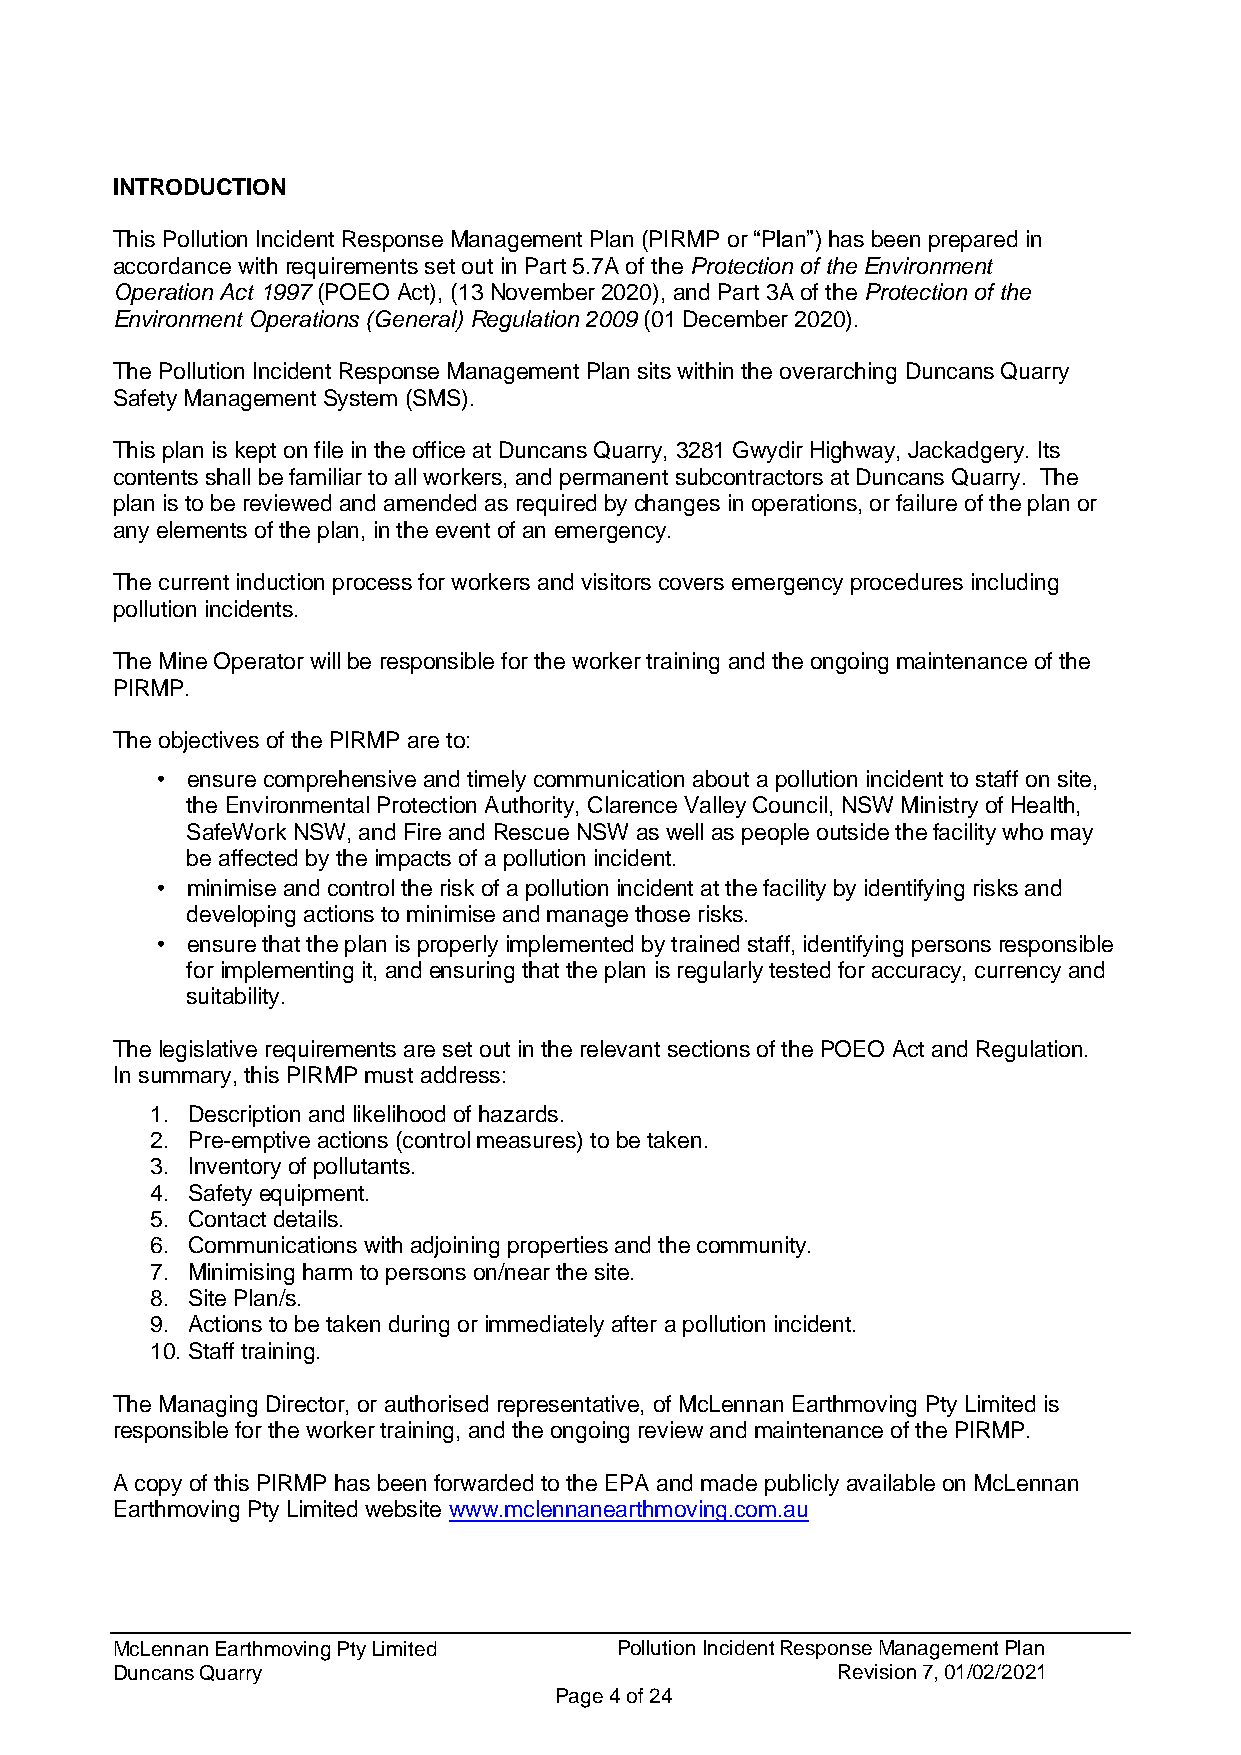
INTRODUCTION
 This Pollution Incident Response Management Plan (PIRMP or “Plan”) has been prepared in
 accordance with requirements set out in Part 5.7A of the Protection of the Environment
 Operation Act 1997 (POEO Act), (13 November 2020), and Part 3A of the Protection of the
 Environment Operations (General) Regulation 2009 (01 December 2020).
 The Pollution Incident Response Management Plan sits within the overarching Duncans Quarry
 Safety Management System (SMS).
 This plan is kept on file in the office at Duncans Quarry, 3281 Gwydir Highway, Jackadgery. Its
 contents shall be familiar to all workers, and permanent subcontractors at Duncans Quarry. The
 plan is to be reviewed and amended as required by changes in operations, or failure of the plan or
 any elements of the plan, in the event of an emergency.
 The current induction process for workers and visitors covers emergency procedures including
 pollution incidents.
 The Mine Operator will be responsible for the worker training and the ongoing maintenance of the
 PIRMP.
 The objectives of the PIRMP are to:
 • ensure comprehensive and timely communication about a pollution incident to staff on site,
 the Environmental Protection Authority, Clarence Valley Council, NSW Ministry of Health,
 SafeWork NSW, and Fire and Rescue NSW as well as people outside the facility who may
 be affected by the impacts of a pollution incident.
 • minimise and control the risk of a pollution incident at the facility by identifying risks and
 developing actions to minimise and manage those risks.
 • ensure that the plan is properly implemented by trained staff, identifying persons responsible
 for implementing it, and ensuring that the plan is regularly tested for accuracy, currency and
 suitability.
 The legislative requirements are set out in the relevant sections of the POEO Act and Regulation.
 In summary, this PIRMP must address:
 1. Description and likelihood of hazards.
 2. Pre-emptive actions (control measures) to be taken.
 3. Inventory of pollutants.
 4. Safety equipment.
 5. Contact details.
 6. Communications with adjoining properties and the community.
 7. Minimising harm to persons on/near the site.
 8. Site Plan/s.
 9. Actions to be taken during or immediately after a pollution incident.
 10. Staff training.
 The Managing Director, or authorised representative, of McLennan Earthmoving Pty Limited is
 responsible for the worker training, and the ongoing review and maintenance of the PIRMP.
 A copy of this PIRMP has been forwarded to the EPA and made publicly available on McLennan
 Earthmoving Pty Limited website www.mclennanearthmoving.com.au
 McLennan Earthmoving Pty Limited  Pollution Incident Response Management Plan
 Duncans Quarry                                  Revision 7, 01/02/2021
 Page 4 of 24